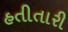
હતીતારી